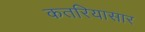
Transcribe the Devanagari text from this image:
कतरियासार